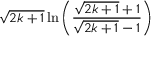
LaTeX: { \sqrt { 2 k + 1 } } \ln \left( { \frac { { \sqrt { 2 k + 1 } } + 1 } { { \sqrt { 2 k + 1 } } - 1 } } \right)